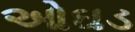
ઓઘડ